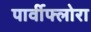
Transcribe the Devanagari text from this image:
पार्वीफ्लोरा